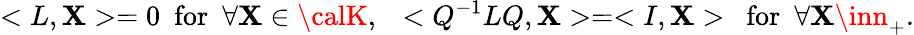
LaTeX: <L,\mathbf{X}>=0~~\mathrm{{for}}~~\forall\mathbf{X}\in{\calK},~~<Q^{-1}LQ,\mathbf{X}>=<I,\mathbf{X}>~~\mathrm{{for}}~~\forall\mathbf{X}\inn_{+}.